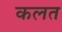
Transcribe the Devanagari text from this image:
कलत